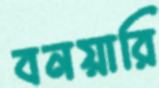
বনয়ারি